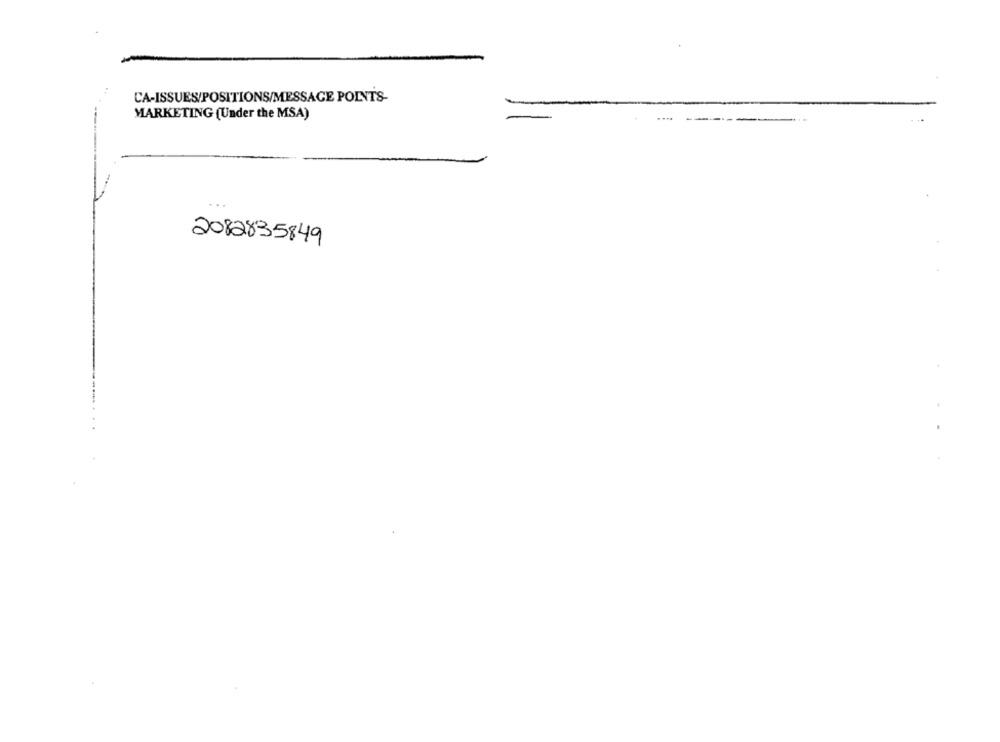
CA-ISSUES/POSITIONS/MESSAGE POINTS-
MARKETING (Under the MSA)
2082835849